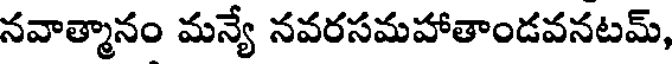
నవాత్మానం మన్యే నవరసమహాతాండవనటమ్,